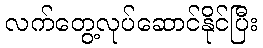
လက်တွေ့လုပ်ဆောင်နိုင်ပြီး